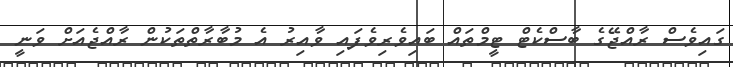
ގައިވެސް ރާއްޖޭގެ ބާސްކެޓް ޓީމްތައް ބައިވެރިވެފައި ވާއިރު އެ މުބާރާތްތަކުން ރާއްޖެއަށް ވަނީ